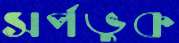
সর্পভুক